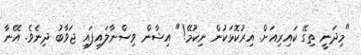
"މިދަނީ ތިގޭ ކައިރިއަށް. އިރުކޮޅަކުން ނިކުމޭ!" އިޝާން ވިސްނާލައިފައި ޖަވާބު ދިނެވެ. އޭނާ